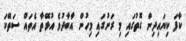
ކާފަ ކިޔައިދިން ގޮތުގައި މި ރަށުގައި މިހުން އާބާދުވެ އުޅޭތާ އެތައް ސަތޭކަ